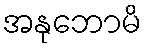
အနုဘောမိ